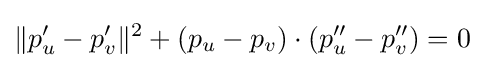
\|p'_{u}-p'_{v}\|^{2}+(p_{u}-p_{v})\cdot (p''_{u}-p''_{v})=0